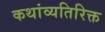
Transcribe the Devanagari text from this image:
कथांव्यतिरिक्त